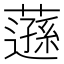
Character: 䕖